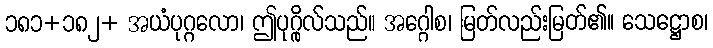
၁၈၁+၁၈၂+ အယံပုဂ္ဂလော၊ ဤပုဂ္ဂိုလ်သည်။ အဂ္ဂေါစ၊ မြတ်လည်းမြတ်၏။ သေဋ္ဌောစ၊